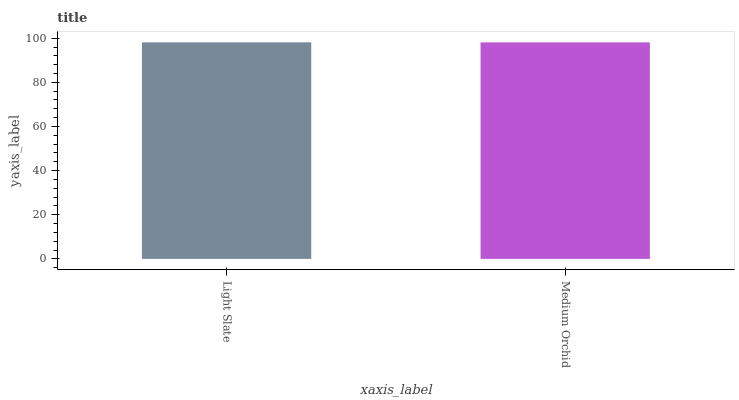
| xaxis_label | bars |
 | --- | --- |
 | Light Slate | 98.1 |
 | Medium Orchid | 98.1 |